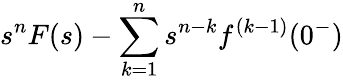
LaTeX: s^{n}F(s)-\sum_{k=1}^{n}s^{n-k}f^{(k-1)}(0^{-})